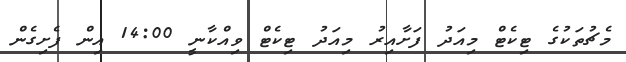
މެޗުތަކުގެ ޓިކެޓް މިއަދު ފަށާއިރު މިއަދު ޓިކެޓް ވިއްކާނީ 14:00 އިން ފެށިގެން